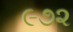
૯૭૨